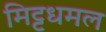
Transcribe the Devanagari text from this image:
मिट्टधमल